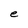
Character: e